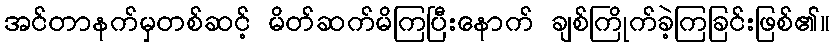
အင်တာနက်မှတစ်ဆင့် မိတ်ဆက်မိကြပြီးနောက် ချစ်ကြိုက်ခဲ့ကြခြင်းဖြစ်၏။